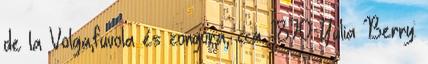
de la Volga,fuvola és zongora, cca. 1870 Yulia Berry: